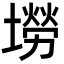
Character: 𡑍